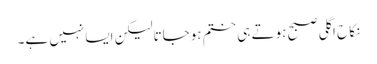
نکاح اگلی صبح ہوتے ہی ختم ہوجاتالیکن ایسانہیں ہے۔